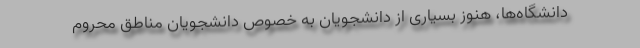
دانشگاه‌ها، هنوز بسیاری از دانشجویان به خصوص دانشجویان مناطق محروم